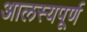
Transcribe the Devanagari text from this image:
आलस्यपूर्ण